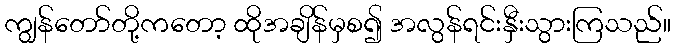
ကျွန်တော်တို့ကတော့ ထိုအချိန်မှစ၍ အလွန်ရင်းနှီးသွားကြသည်။